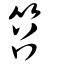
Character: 笤